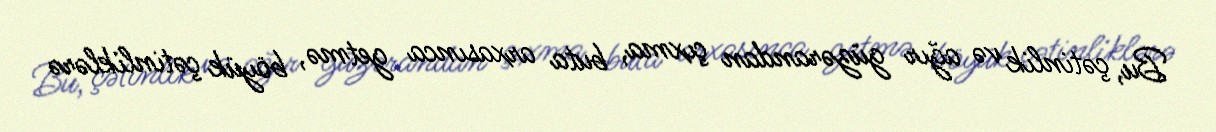
Bu, çətinlik və ağır güzərandan çıxma, buta arxasınca getmə, böyük çətinliklərə